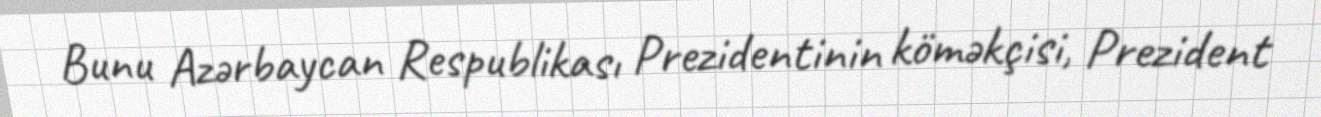
Bunu Azərbaycan Respublikası Prezidentinin köməkçisi, Prezident